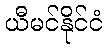
ယီမင်နိုင်ငံ